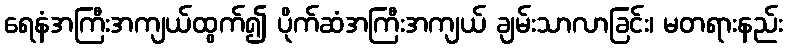
ရေနံအကြီးအကျယ်ထွက်၍ ပိုက်ဆံအကြီးအကျယ် ချမ်းသာလာခြင်း၊ မတရားနည်း